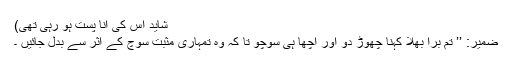
شاید اس کی انا پست ہو رہی تھی)
ضمیر: ’’ تم برا بھلا کہنا چھوڑ دو اور اچھا ہی سوچو تا کہ وہ تمہاری مثبت سوچ کے اثر سے بدل جائیں ۔